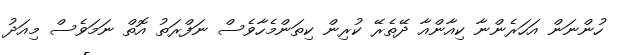
ހުންނަން އަހަރެންނާ ކިއާންއާ ދޭތެރޭ ކުރިން ކިތަންމެހާވެސް ނަފްރަތު އޮތް ނަމަވެސް މިއަދު